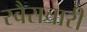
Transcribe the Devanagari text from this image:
स्वैराचारी